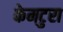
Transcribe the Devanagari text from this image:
केमटुरा